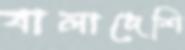
বালাদেশি